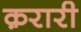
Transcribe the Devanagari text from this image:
क़रारी